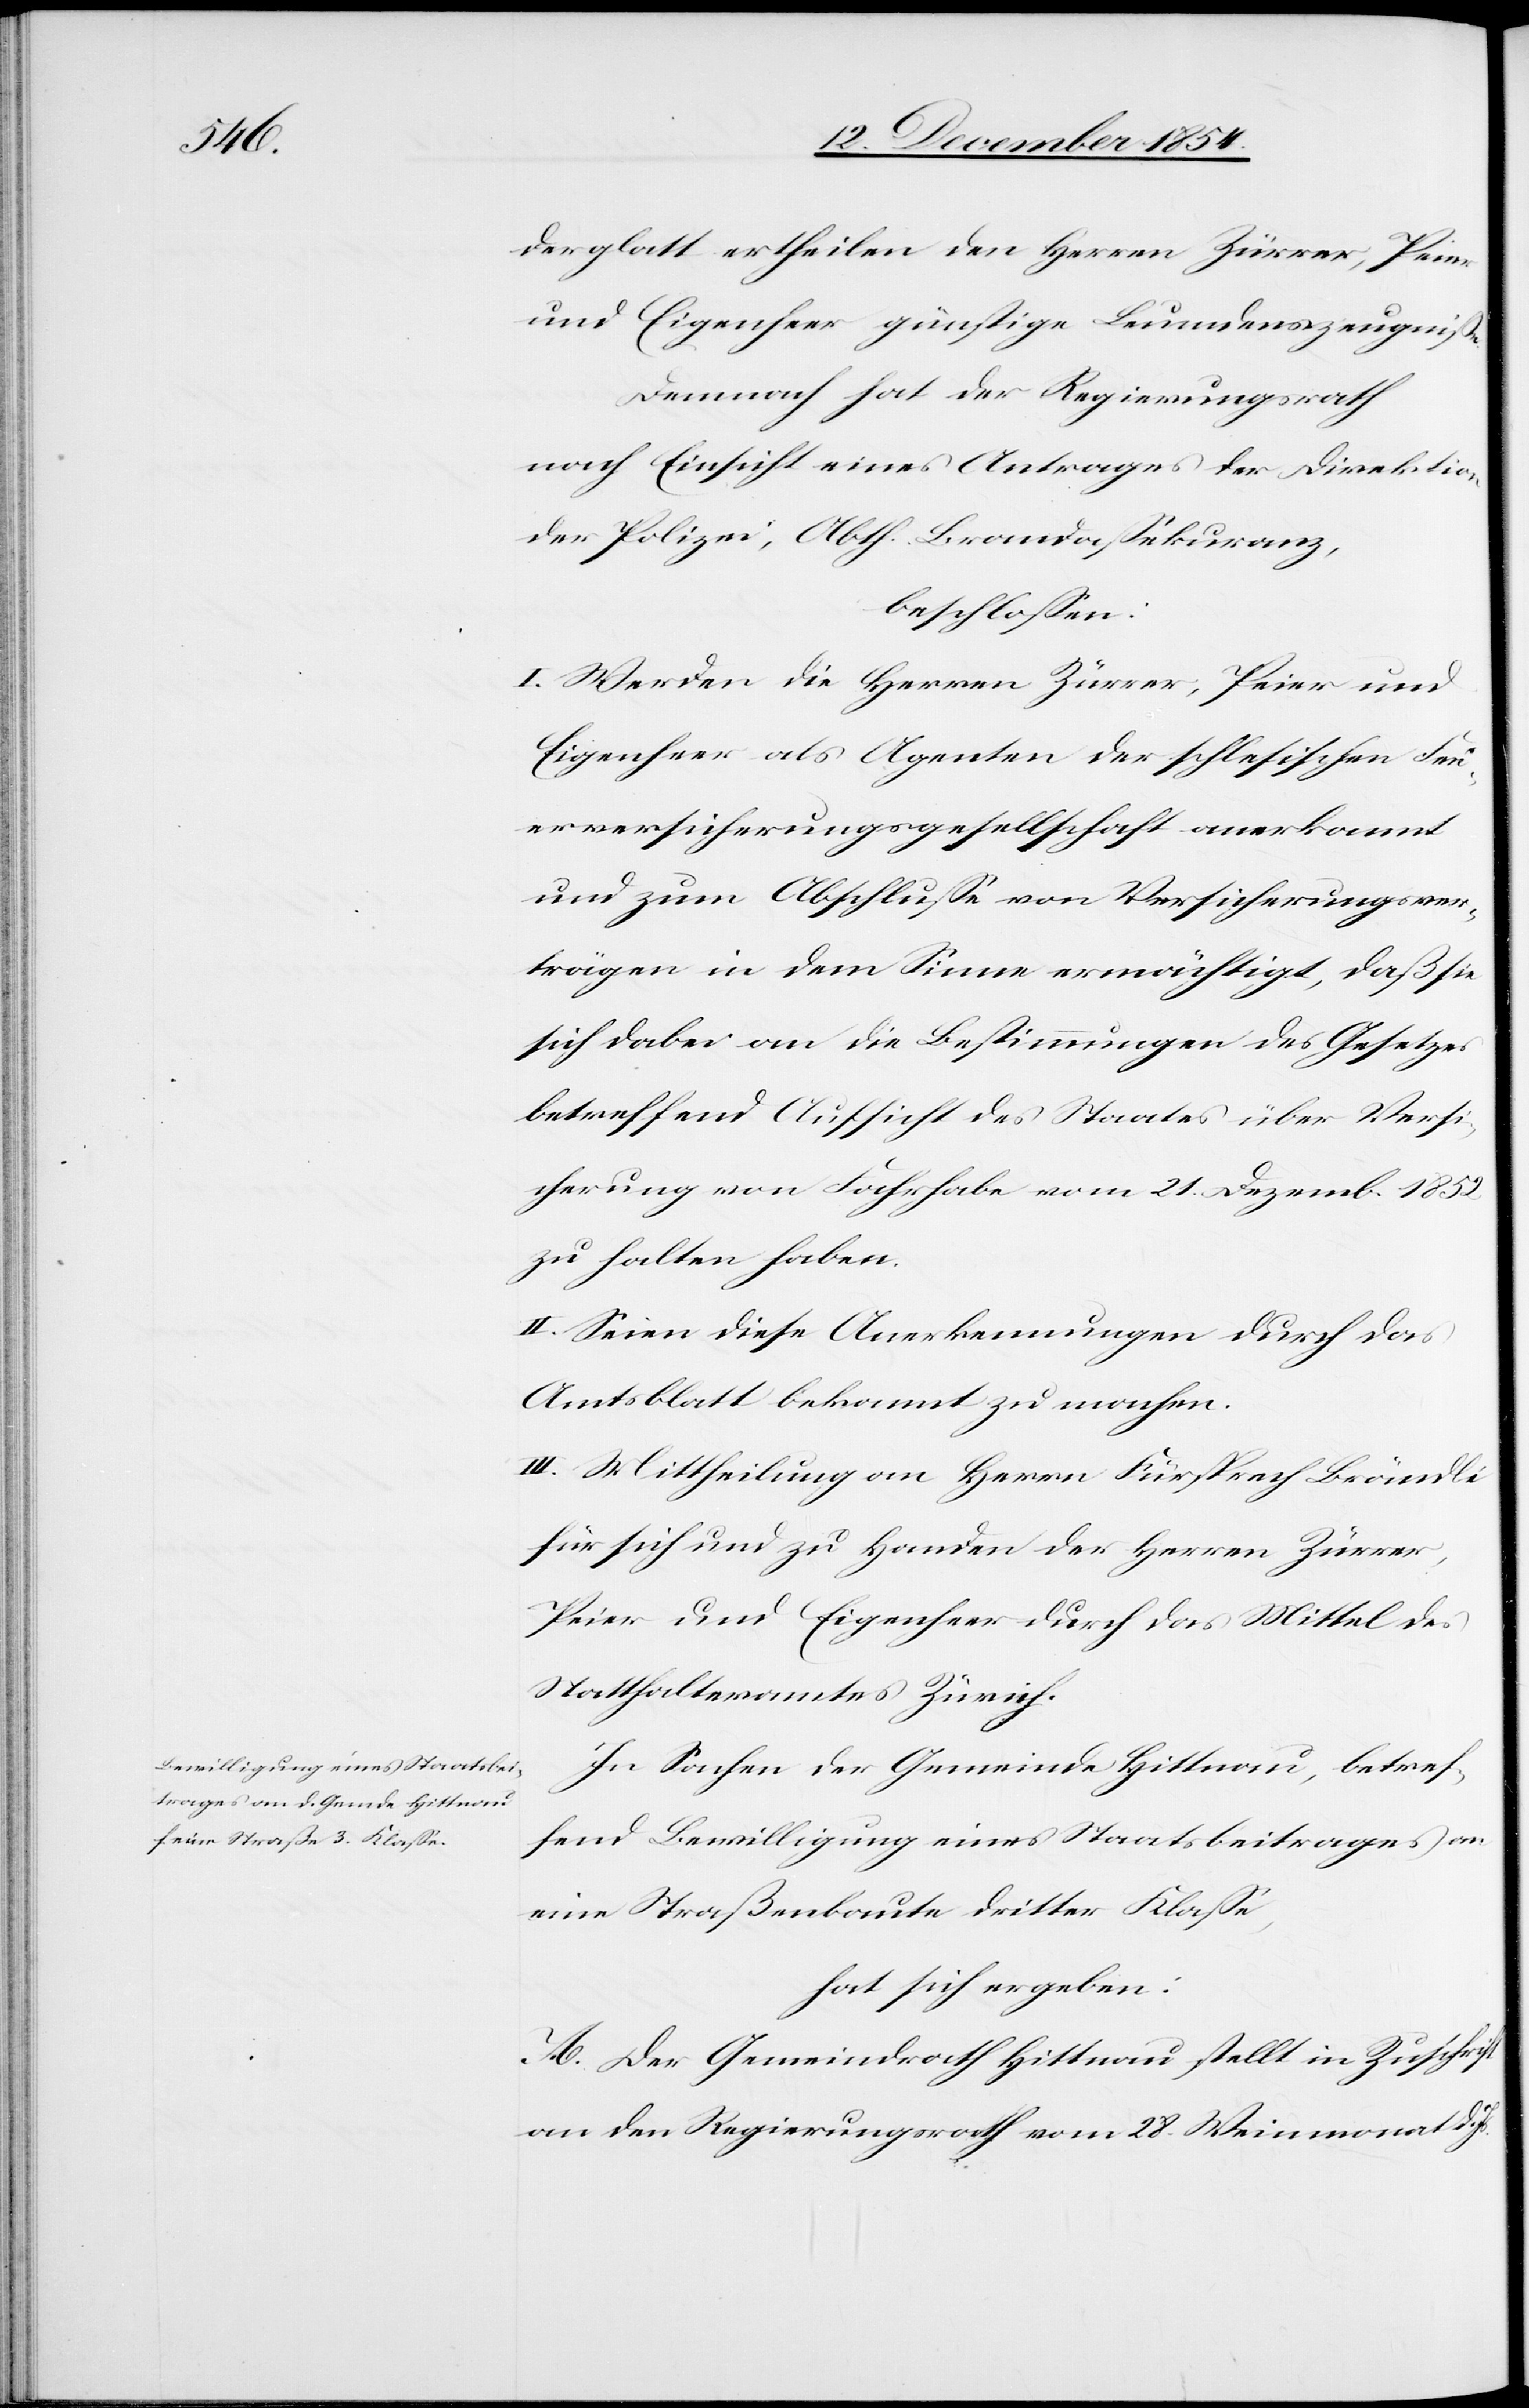
derglatt ertheilen den Herren Zürrer, Peier
und Eigenheer günstige Leumdenszeugniße.
Demnach hat der Regierungsrath
nach Einsicht eines Antrages der Direktion
der Polizei, Abth. Brandaßekuranz,
beschloßen:
I. Werden die Herren Zürrer, Peier und
Eigenheer als Agenten der schlesischen Feu¬
erversicherungsgesellschaft anerkannt
und zum Abschluße von Versicherungsver¬
trägen in dem Sinne ermächtigt, daß sie
sich dabei an die Bestimmungen des Gesetzes
betreffend Aufsicht des Staates über Versi¬
cherung von Fahrhabe vom 21. Dezemb. 1852
zu halten habe.
II. Seien diese Anerkennungen durch das
Amtsblatt bekannt zu machen.
III. Mittheilung an Herrn Fürsprech Brändli
für sich und zu Handen der Herren Zürrer,
Peier und Eigenheer durch das Mittel des
Statthalteramtes Zürich.
In Sachen der Gemeinde Hittnau, betref¬
fend Bewilligung eines Staatsbeitrages an
eine Straßenbaute dritter Klaße,
hat sich ergeben:
A. Der Gemeindrath Hittnau stellt in Zuschrift
an den Regierungsrath vom 28. Weinmonat d.